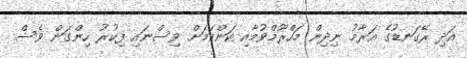
އަދި ރޭގަނޑުގެ އަރާމު ނިދިން މަހްރޫމްވުމާއި ކަންކަމަށް ވިސްނައި ފިކުރު ހިންގަން ވެސް